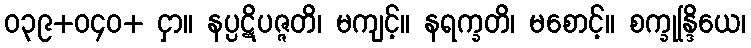
ဝ၃၉+ဝ၄၀+ ငှာ။ နပ္ပဋိပဇ္ဇတိ၊ မကျင့်။ နရက္ခတိ၊ မစောင့်။ စက္ခုန္ဒြိယေ၊